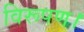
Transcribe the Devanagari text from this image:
विरूपण।